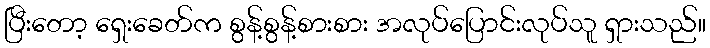
ပြီးတော့ ရှေးခေတ်က စွန့်စွန့်စားစား အလုပ်ပြောင်းလုပ်သူ ရှားသည်။